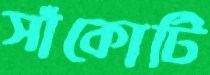
সাঁকোটি